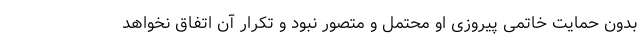
بدون حمایت خاتمی پیروزی او محتمل و متصور نبود و تکرار آن اتفاق نخواهد